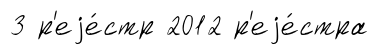
3 р'еjе́стр 2012 р'еjе́стра